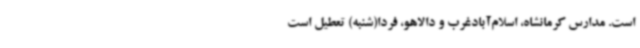
است. مدارس کرمانشاه، اسلام‌آبادغرب و دالاهو، فردا(شنبه) تعطیل است